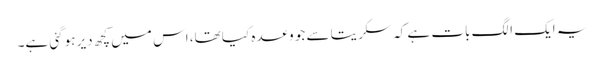
یہ ایک الگ بات ہے کہ سکریتا سے جو وعدہ کیا تھا، اس میں کچھ دیر ہوگئی ہے۔